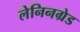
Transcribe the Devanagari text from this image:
लेनिनग्रेड